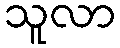
သူလာ